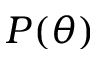
P ( \theta )